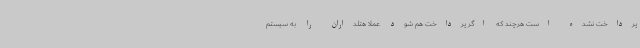
پرداخت نشده است هرچند که اگر پرداخت هم شود عملا هتلداران را به سیستم